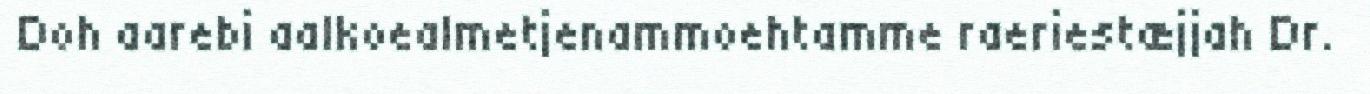
Doh aarebi aalkoealmetjenammoehtamme raeriestæjjah Dr.